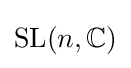
{\rm {SL}}(n,\mathbb {C} )